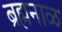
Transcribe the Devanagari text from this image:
ब्रह्मनाळ